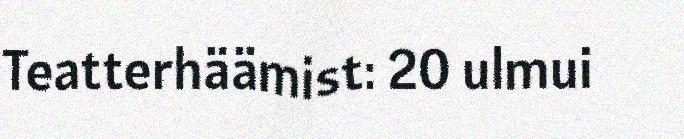
Teatterhäämist: 20 ulmui